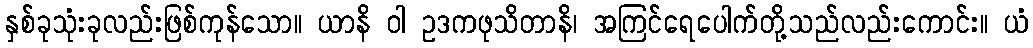
နှစ်ခုသုံးခုလည်းဖြစ်ကုန်သော။ ယာနိ ဝါ ဥဒကဖုသိတာနိ၊ အကြင်ရေပေါက်တို့သည်လည်းကောင်း။ ယံ